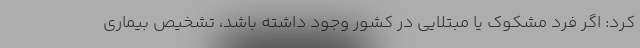
کرد: اگر فرد مشکوک یا مبتلایی در کشور وجود داشته باشد، تشخیص بیماری